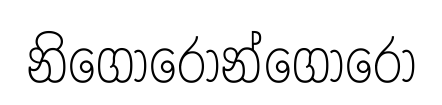
නිගොරොන්ගොරෝ